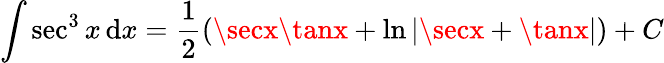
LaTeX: \int\sec^{3}x\, \mathrm{d}x={\frac{{1}}{{2}}}(\secx\tanx+\ln|\secx+\tanx|)+C